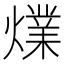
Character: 㸁